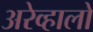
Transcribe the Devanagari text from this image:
अरेव्हालो